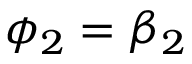
\phi _ { 2 } = \beta _ { 2 }